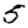
Digit: 5